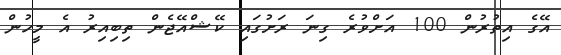
އޭގެ އިތުރުން 100 އަށްވުރެ ގިނަ ރަށުގައި ކޭޝްއޭޖެން ތިބިއިރު އެ މީހުން